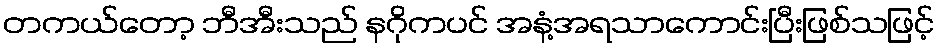
တကယ်တော့ ဘီအီးသည် နဂိုကပင် အနံ့အရသာကောင်းပြီးဖြစ်သဖြင့်